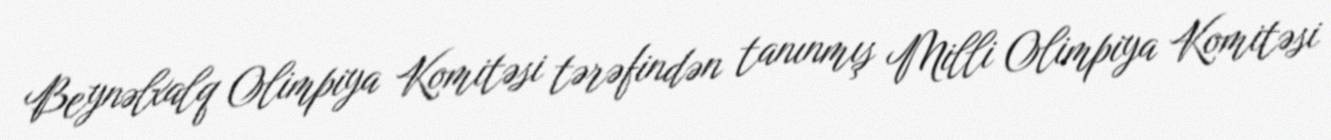
Beynəlxalq Olimpiya Komitəsi tərəfindən tanınmış Milli Olimpiya Komitəsi